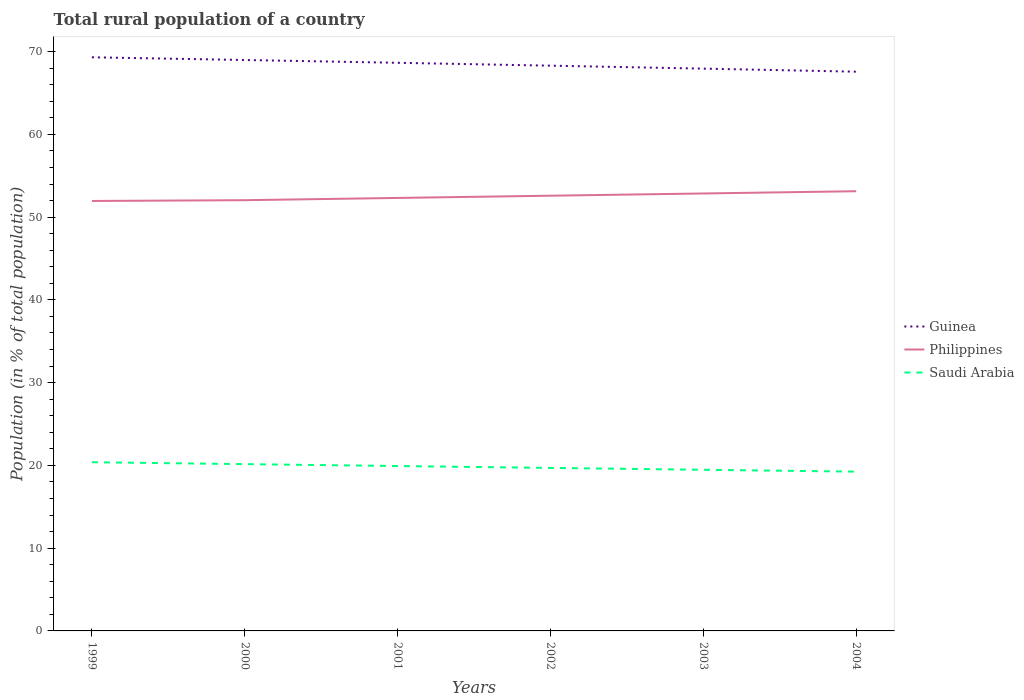
| Years | Guinea | Philippines | Saudi Arabia |
 | --- | --- | --- | --- |
 | 1999 | 69.3 | 52 | 20.4 |
 | 2000 | 69 | 52 | 20.2 |
 | 2001 | 68.6 | 52.3 | 19.9 |
 | 2002 | 68.3 | 52.6 | 19.7 |
 | 2003 | 67.9 | 52.9 | 19.5 |
 | 2004 | 67.6 | 53.1 | 19.2 |